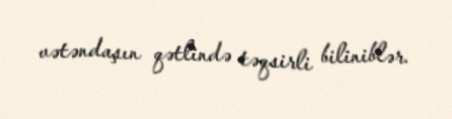
vətəndaşın qətlində təqsirli biliniblər.